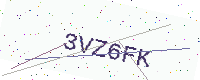
Text: 3VZ6FK